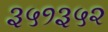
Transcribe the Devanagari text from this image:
३५१३५२